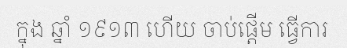
ក្នុង ឆ្នាំ ១៩១៣ ហើយ ចាប់ផ្តើម ធ្វើការ